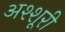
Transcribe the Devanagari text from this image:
अश्शूरी